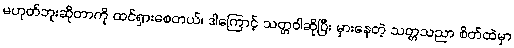
မဟုတ်ဘူးဆိုတာကို ထင်ရှားစေတယ်၊ ဒါကြောင့် သတ္တဝါဆိုပြီး မှားနေတဲ့ သတ္တသညာ စိတ်ထဲမှာ